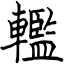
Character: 轞